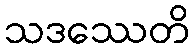
သဒဿေတိ